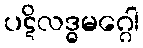
ပဋိလဒ္ဓမဂ္ဂေါ